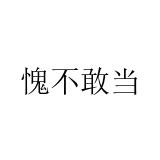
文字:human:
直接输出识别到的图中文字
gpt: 愧不敢当